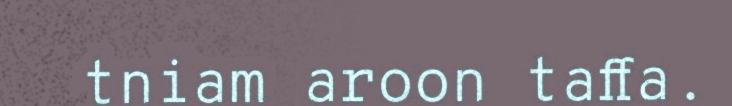
tniam aroon taffa.